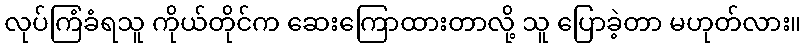
လုပ်ကြံခံရသူ ကိုယ်တိုင်က ဆေးကြောထားတာလို့ သူ ပြောခဲ့တာ မဟုတ်လား။